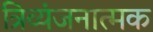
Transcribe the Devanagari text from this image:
त्रिव्यंजनात्मक